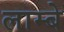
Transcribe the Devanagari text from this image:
लाम्बे